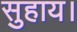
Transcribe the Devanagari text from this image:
सुहाय।